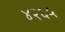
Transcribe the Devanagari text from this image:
४२६५